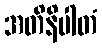
အတိနိပါတံ